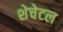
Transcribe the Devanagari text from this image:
शेचेटल